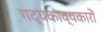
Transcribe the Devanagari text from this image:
गद्यकाव्यकारों